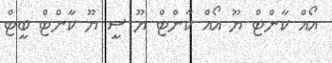
އޯއް ކާންޓް ޔޫ އޯއް ކާންޓް ޔޫ ސީ ޔޫ ކާންޓް ބީޓް